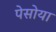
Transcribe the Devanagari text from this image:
पेसोया